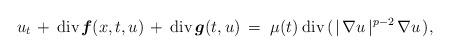
LaTeX: \begin{align*}u_t \,+\: \mbox{div}\;\!\mbox{\boldmath $f$}(x,t,u)\,+\: \mbox{div}\,\mbox{\boldmath $g$}(t,u)\:=\;\mu(t) \;\!\;\! \mbox{div}\,(\;\! |\;\!\nabla u\,|^{\:\!p-2}\,\nabla u \;\!),\end{align*}